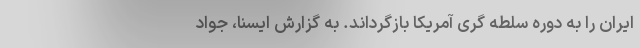
ایران را به دوره سلطه گری آمریکا بازگرداند. به گزارش ایسنا، جواد